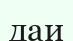
даи